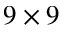
9 \times 9